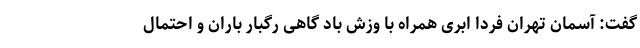
گفت: آسمان تهران فردا ابری همراه با وزش باد گاهی رگبار باران و احتمال